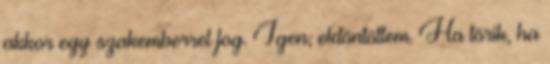
akkor egy szakemberrel fog. Igen, eldöntöttem. Ha törik, ha